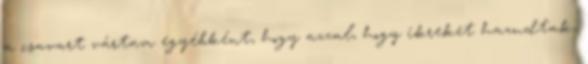
a csavart vártam egyébként, hogy azzal, hogy ikreket hazudtak,